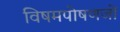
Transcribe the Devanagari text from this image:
विषमपोषणजों